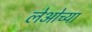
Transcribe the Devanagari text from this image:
लेओच्या